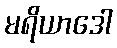
မရိယာဒေါ